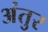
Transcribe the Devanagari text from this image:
अंतुर